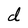
Character: d